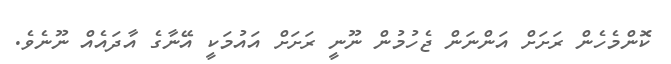
ކޮންމެހެން ރަށަށް އަންނަން ޖެހުމުން ނޫނީ ރަށަށް އައުމަކީ އޭނާގެ އާދައެއް ނޫނެވެ.